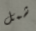
شمل